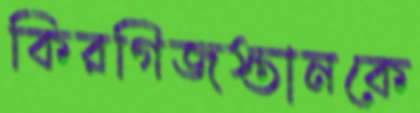
কিরগিজস্তানকে